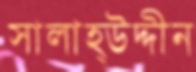
সালাহ্উদ্দীন